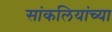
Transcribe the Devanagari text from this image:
सांकलियांच्या